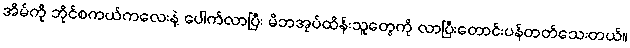
အိမ်ကို ဘိုင်စကယ်ကလေးနဲ့ ပေါက်လာပြီး မိဘအုပ်ထိန်းသူတွေကို လာပြီးတောင်းပန်တတ်သေးတယ်။